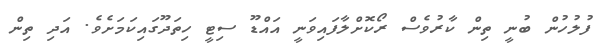
ފުލުހުން ބުނީ ތިން ކާރުވެސް ރޯކޮށްލާފައިވަނީ އައްޑޫ ސިޓީ ހިތަދޫގައިކަމަށެވެ. އަދި ތިން